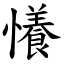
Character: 懩